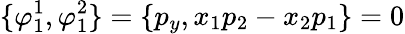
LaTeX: \{ \varphi_{1}^{1},\varphi_{1}^{2}\} =\{ p_{y},x_{1}p_{2}-x_{2}p_{1}\} =0